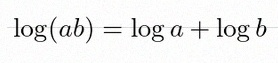
\log(ab)=\log a+\log b